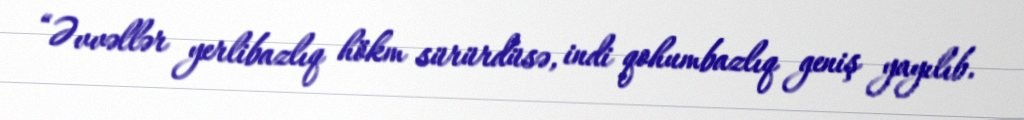
“Əvvəllər yerlibazlıq hökm sürürdüsə, indi qohumbazlıq geniş yayılıb.